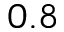
0 . 8